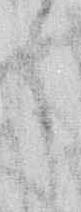
々